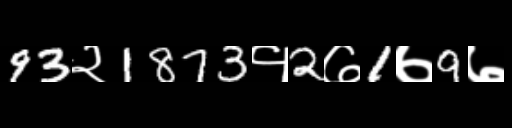
Text: 93२1873१2७1७9७